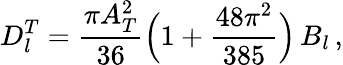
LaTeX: D_{l}^{T}={\frac{\pi A_{T}^{2}}{36}}\Big(1+{\frac{48\pi^{2}}{385}}\Big)\, B_{l}\, ,